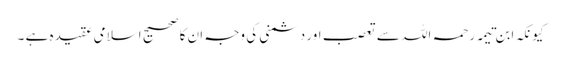
کیونکہ ابن تیمہ رحمہ اللہ سے تعصب اور دشمنی کی وجہ ان کا صحیح اسلامی عقیدہ ہے ۔